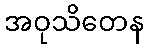
အဝုသိတေန